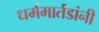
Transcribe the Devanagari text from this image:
धर्ममार्तंडांनी